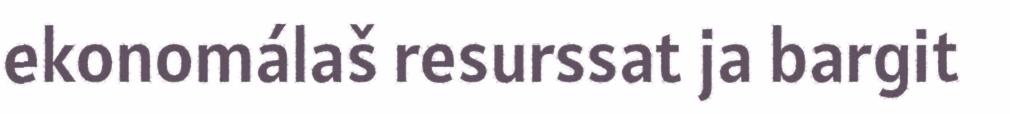
ekonomálaš resurssat ja bargit